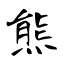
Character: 熊